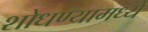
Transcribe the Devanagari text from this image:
शोधण्यामध्ये